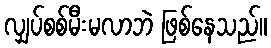
လျှပ်စစ်မီးမလာဘဲ ဖြစ်နေသည်။